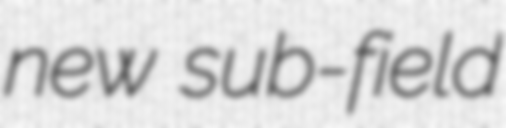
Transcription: new sub-field